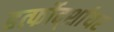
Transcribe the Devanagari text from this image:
हर्त्फोर्द्शायर